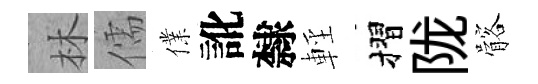
林儒㒒訛隸輕摺陇髂